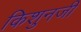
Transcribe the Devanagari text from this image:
किशुनजी